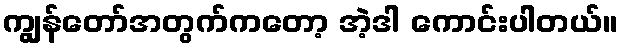
ကျွန်တော်အတွက်ကတော့ အဲ့ဒါ ကောင်းပါတယ်။